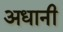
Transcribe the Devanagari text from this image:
अधानी